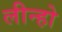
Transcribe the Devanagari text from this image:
लीन्‍हो